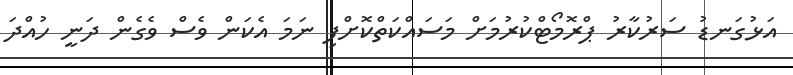
އަޅުގަނޑު ސަރުކާރު ޕްރޮމޯޓްކުރުމަށް މަސައްކަތްކޮށްފި ނަމަ އެކަން ވެސް ވެގެން ދަނީ ހުއްދަ